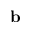
\mathbf { b }